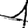
Digit: 1